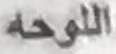
اللوحه